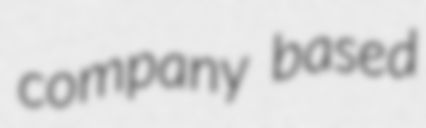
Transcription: company based